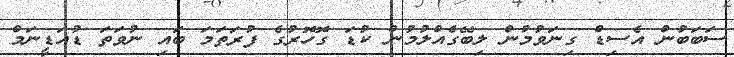
ސަބަބުން އެސިޑް ގިނަވުމުން ލިބޭގެއްލުމުން ކުޑަ ގޮހޮރުގެ ފުރަތަމަ ބައި ނުވަތަ ޑުއަޑީނަމް